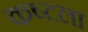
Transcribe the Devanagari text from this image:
कष्टला